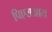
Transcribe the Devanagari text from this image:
पिएसआय